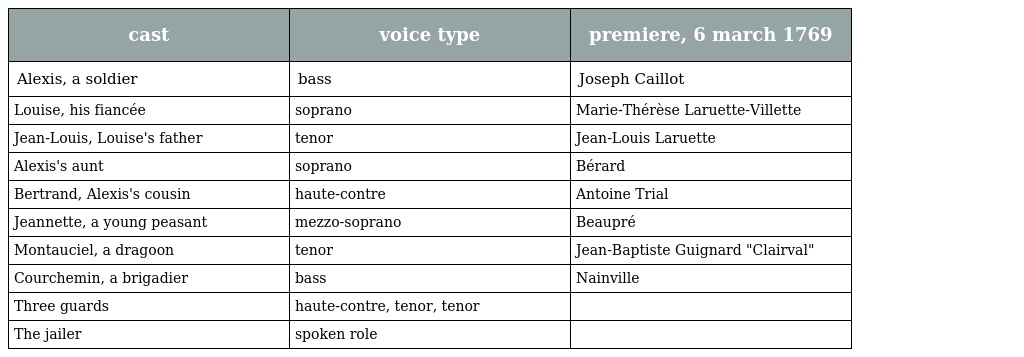
| cast | voice type | premiere, 6 march 1769 |
 | --- | --- | --- |
 | Alexis, a soldier | bass | Joseph Caillot |
 | Louise, his fiancée | soprano | Marie-Thérèse Laruette-Villette |
 | Jean-Louis, Louise's father | tenor | Jean-Louis Laruette |
 | Alexis's aunt | soprano | Bérard |
 | Bertrand, Alexis's cousin | haute-contre | Antoine Trial |
 | Jeannette, a young peasant | mezzo-soprano | Beaupré |
 | Montauciel, a dragoon | tenor | Jean-Baptiste Guignard "Clairval" |
 | Courchemin, a brigadier | bass | Nainville |
 | Three guards | haute-contre, tenor, tenor |  |
 | The jailer | spoken role |  |